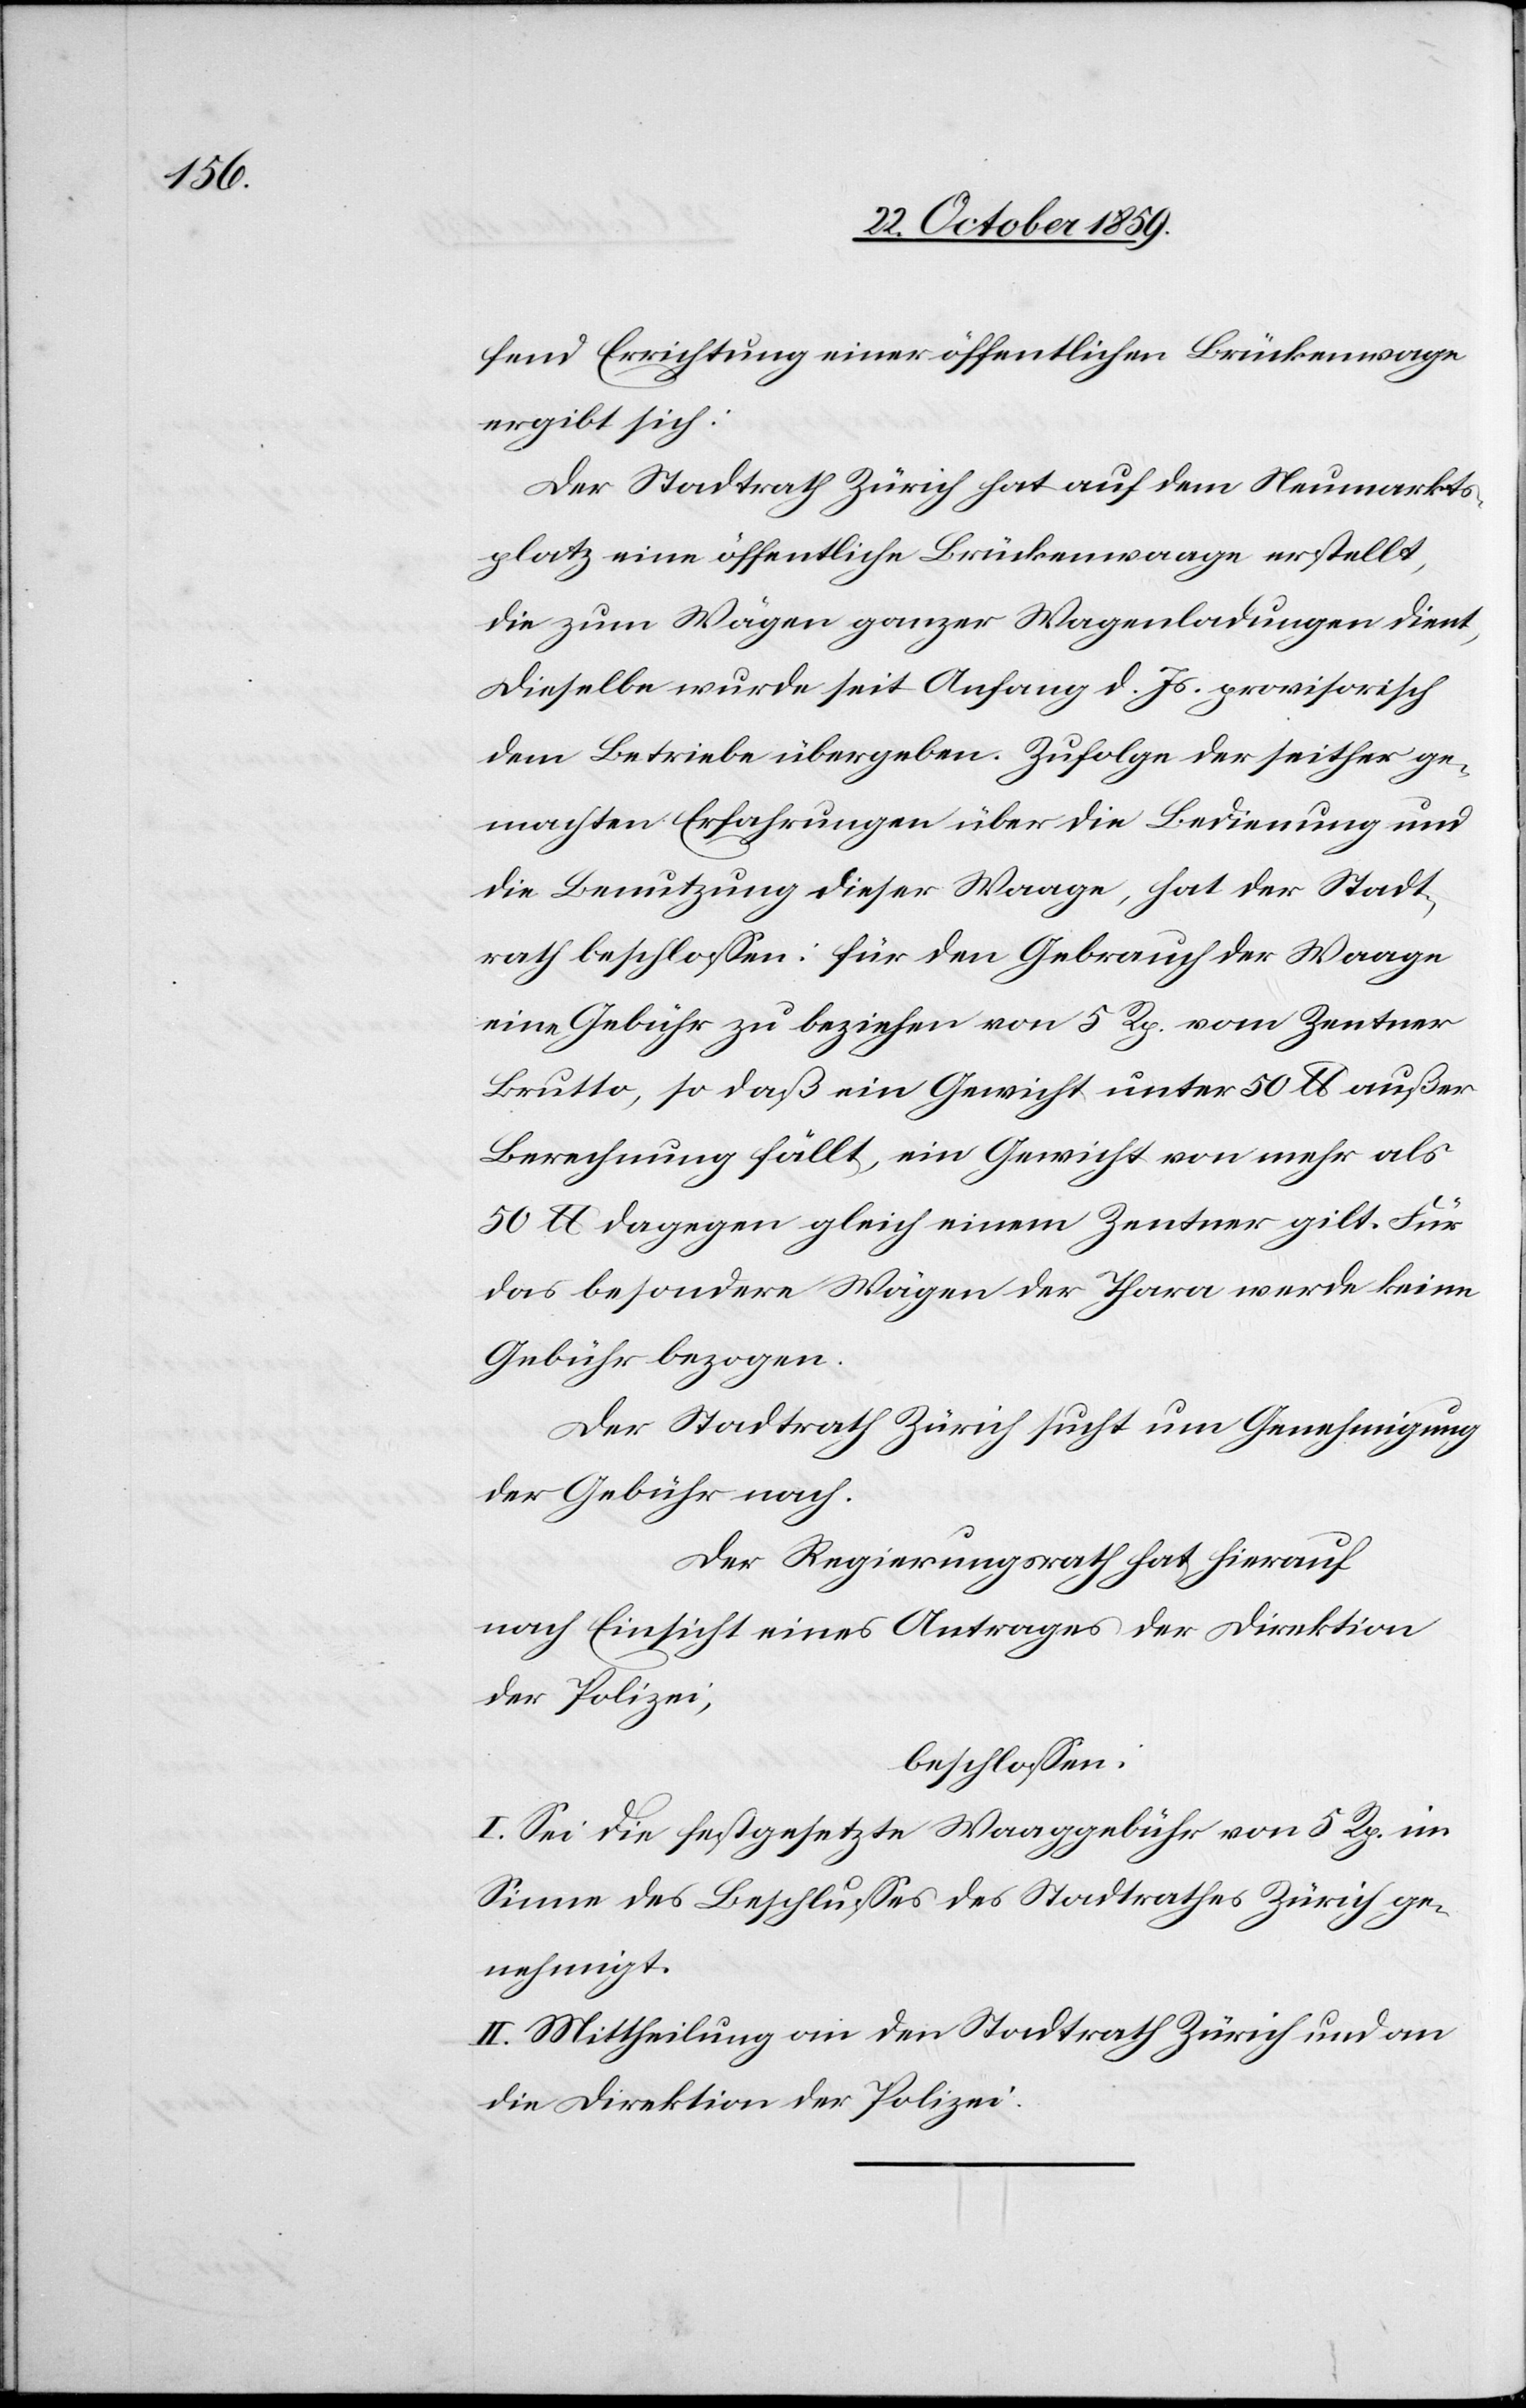
fend Errichtung einer öffentlichen Brückenwage
ergibt sich:
Der Stadtrath Zürich hat auf dem Neumarkts¬
platz eine öffentliche Brückenwaage erstellt,
die zum Wägen ganzer Wagenladungen dient,
dieselbe wurde seit Anfang d. Js. provisorisch
dem Betriebe übergeben. Zufolge der seither ge¬
machten Erfahrungen über die Bedienung und
die Benutzung dieser Waage, hat der Stadt¬
rath beschlossen: für den Gebrauch der Waage
eine Gebühr zu beziehen von 5 Rp. vom Zentner
Brutto, so daß ein Gewicht unter 50 lb. außer
Berechnung fällt, ein Gewicht von mehr als
50 lb. dagegen gleich einem Zentner gilt. Für
das besondere Wägen der Thara werde keine
Gebühr bezogen.
Der Regierungsrath hat hierauf
nach Einsicht eines Antrages der Direktion
der Polizei,
beschlossen:
I. Sei die festgesetzte Waaggebühr von 5 Rp. im
Sinne des Beschlusses des Stadtrathes Zürich ge¬
nehmigt.
II. Mittheilung an den Stadtrath Zürich und an
die Direktion der Polizei.